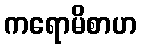
ကရောမိစာဟ